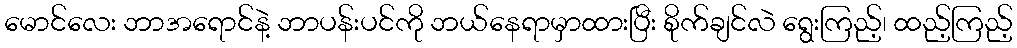
မောင်လေး ဘာအရောင်နဲ့ ဘာပန်းပင်ကို ဘယ်နေရာမှာထားပြီး စိုက်ချင်လဲ ရွေးကြည့်၊ ထည့်ကြည့်